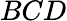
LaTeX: BCD